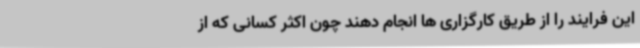
این فرایند را از طریق کارگزاری ها انجام دهند چون اکثر کسانی که از